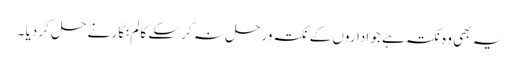
یہ بھی وہ نکتہ ہے جو اداروں کے نکتہ ورحل نہ کر سکے کالم نگار نے حل کر دیا ۔